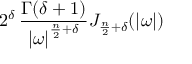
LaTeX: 2 ^ { \delta } \, { \frac { \Gamma ( \delta + 1 ) } { \left| { \boldsymbol { \omega } } \right| ^ { { \frac { n } { 2 } } + \delta } } } J _ { { \frac { n } { 2 } } + \delta } ( | { \boldsymbol { \omega } } | )